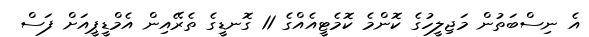
އެ ނިސްބަތުން މަޖިލީހުގެ ކޮންމެ ކޮމެޓީއެއްގެ 11 ގޮނޑީގެ ތެރޭއިން އެމްޑީޕީއަށް ފަސް